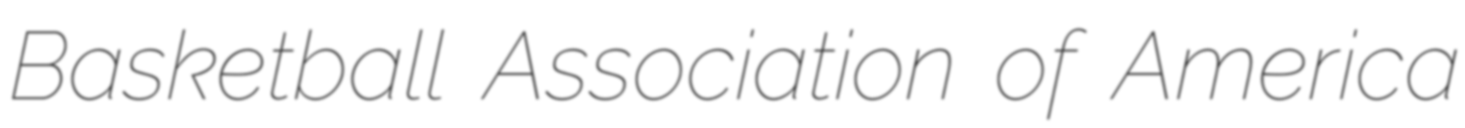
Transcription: Basketball Association of America